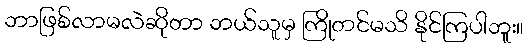
ဘာဖြစ်လာမလဲဆိုတာ ဘယ်သူမှ ကြိုတင်မသိ နိုင်ကြပါဘူး။